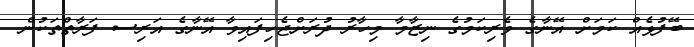
ބޭފުޅެއް ކަމަށް އޭނާގެ ވެރިކަމުގެ ނިޒާމާ މިހާރު ދުރަށްޖެހިފައިވާ އޭނާގެ އަރިސ ފަރާތްތަކުން